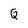
Character: Q